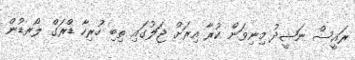
ރައީސް ނަޝީދު މިނިވަން ކުރާ އިރަށް ޖަލުގައި ތިބި ހުރިހާ ޑްރަގް ލޯރޑުން